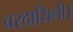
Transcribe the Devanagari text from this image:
वरदायिनी।